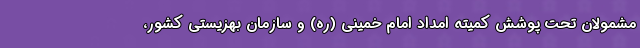
مشمولان تحت پوشش کمیته امداد امام خمینی (ره) و سازمان بهزیستی کشور،